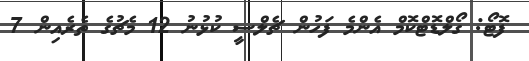
ފޮޓޯ: ގޯލްޑޮޓްކޮމް އެންމެ ފަހުން ޗެލްސީ ކުޅުނު 12 މެޗުގެ ތެރެއިން 7